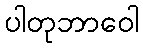
ပါတုဘာဝေါ